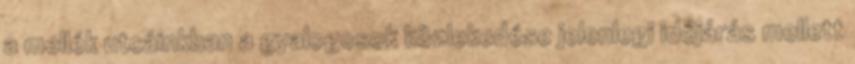
a mellék utcáinkban a gyalogosok közlekedése jelenlegi időjárás mellett